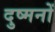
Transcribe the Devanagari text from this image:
दुष्मनों